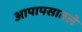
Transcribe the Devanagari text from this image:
आपापसातले